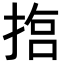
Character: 𢰈